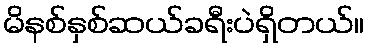
မိနစ်နှစ်ဆယ်ခရီးပဲရှိတယ်။